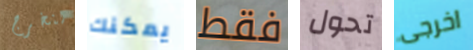
لنخرج يمكنك فقط تحول اخرجى